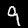
Label: 9